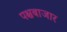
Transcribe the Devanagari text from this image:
पश्चबाजार